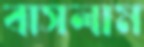
বাসলাম